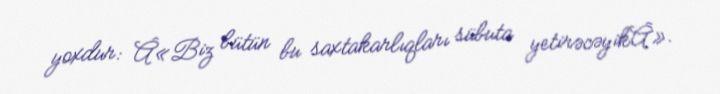
yoxdur: Â«Biz bütün bu saxtakarlıqları sübuta yetirəcəyikÂ».